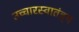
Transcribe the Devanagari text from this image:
उच्चारस्वातंत्र्य